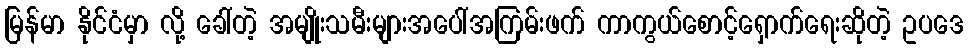
မြန်မာ နိုင်ငံမှာ လို့ ခေါ်တဲ့ အမျိုးသမီးများအပေါ်အကြမ်းဖက် ကာကွယ်စောင့်ရှောက်ရေးဆိုတဲ့ ဥပဒေ